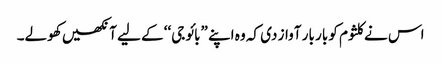
اس نے کلثوم کو بار بار آواز دی کہ وہ اپنے ”بائو جی‘‘ کے لیے آنکھیں کھولے۔